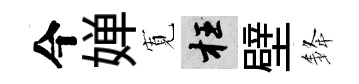
今婵𡩖枉壁𨦟